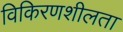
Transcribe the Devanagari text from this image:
विकिरणशीलता